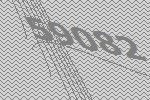
59082